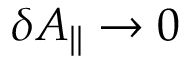
\delta A _ { | | } \to 0